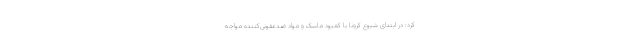
کرد: در ابتدای شیوع کرونا با کمبود ماسک و مواد ضدعفونی‌کننده مواجه